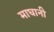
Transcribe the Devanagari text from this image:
माघानी